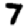
Digit: 7